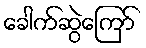
ခေါက်ဆွဲကြော်